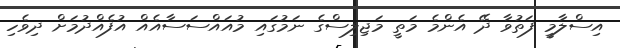
އިސްލާމީ ފަތުވާ ދޭ އެންމެ މަތީ މަޖިލިސްގެ ނަމުގައި މުއައްސަސާއެއް އުފެއްދުމަށް ދިވެހި